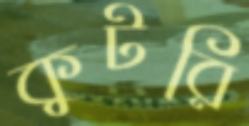
কুটরি